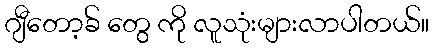
ဂျီတော့ခ် တွေ ကို လူသုံးများလာပါတယ်။